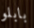
بابلو